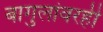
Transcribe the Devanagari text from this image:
बागुलांवरही